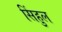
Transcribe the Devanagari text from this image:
सिंहुल